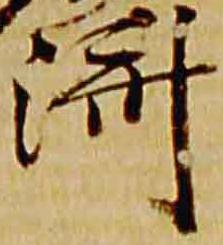
済